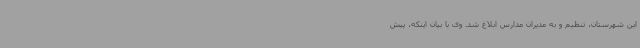
این شهرستان، تنظیم و به مدیران مدارس ابلاغ شد. وی با بیان اینکه، پیش